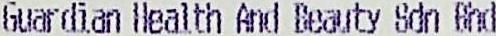
GUARDIAN HEALTH AND BEAUTY SDN BHD